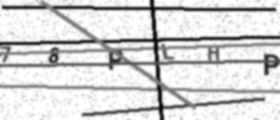
Text: 78PLHP